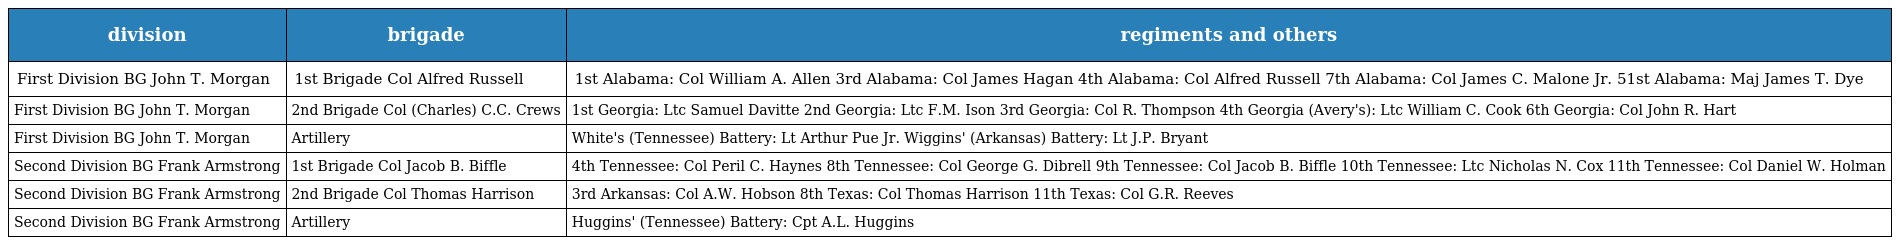
| division | brigade | regiments and others |
 | --- | --- | --- |
 | First Division BG John T. Morgan | 1st Brigade Col Alfred Russell | 1st Alabama: Col William A. Allen 3rd Alabama: Col James Hagan 4th Alabama: Col Alfred Russell 7th Alabama: Col James C. Malone Jr. 51st Alabama: Maj James T. Dye |
 | First Division BG John T. Morgan | 2nd Brigade Col (Charles) C.C. Crews | 1st Georgia: Ltc Samuel Davitte 2nd Georgia: Ltc F.M. Ison 3rd Georgia: Col R. Thompson 4th Georgia (Avery's): Ltc William C. Cook 6th Georgia: Col John R. Hart |
 | First Division BG John T. Morgan | Artillery | White's (Tennessee) Battery: Lt Arthur Pue Jr. Wiggins' (Arkansas) Battery: Lt J.P. Bryant |
 | Second Division BG Frank Armstrong | 1st Brigade Col Jacob B. Biffle | 4th Tennessee: Col Peril C. Haynes 8th Tennessee: Col George G. Dibrell 9th Tennessee: Col Jacob B. Biffle 10th Tennessee: Ltc Nicholas N. Cox 11th Tennessee: Col Daniel W. Holman |
 | Second Division BG Frank Armstrong | 2nd Brigade Col Thomas Harrison | 3rd Arkansas: Col A.W. Hobson 8th Texas: Col Thomas Harrison 11th Texas: Col G.R. Reeves |
 | Second Division BG Frank Armstrong | Artillery | Huggins' (Tennessee) Battery: Cpt A.L. Huggins |